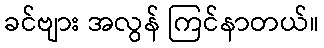
ခင်ဗျား အလွန် ကြင်နာတယ်။